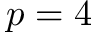
p = 4